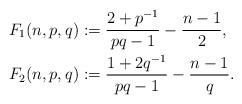
LaTeX: \begin{align*}F_1(n,p,q)&:= \frac{2+p^{-1}}{pq-1}-\frac{n-1}{2},\\F_2(n,p,q)&:= \frac{1+2q^{-1}}{pq-1}-\frac{n-1}{q}.\end{align*}